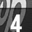
Digit: 4